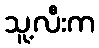
သူ့လီးက